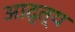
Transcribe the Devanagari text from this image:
आद्त्य